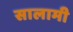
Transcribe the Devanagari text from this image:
सालामी